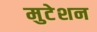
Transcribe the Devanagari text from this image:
मुटेशन